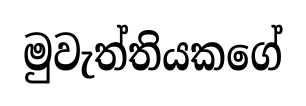
මුවැත්තියකගේ